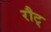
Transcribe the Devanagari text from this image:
रौट्